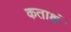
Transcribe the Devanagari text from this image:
कताक्षं